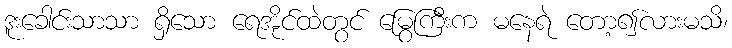
ဒူးခေါင်းသာသာ ရှိသော ရေအိုင်ထဲတွင် မြွေကြီးက မနေရဲ တော့၍လားမသိ၊